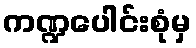
ကဏ္ဍပေါင်းစုံမှ